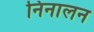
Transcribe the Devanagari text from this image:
निनालन